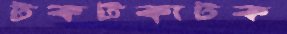
টকটকাটক